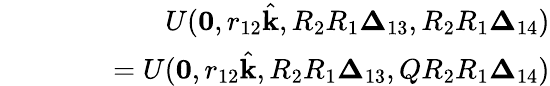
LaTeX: \begin{array}{rlr}&{}&{U(\mathbf{0},r_{12}\hat{\textbf{k}},R_{2}R_{1}\boldsymbol{\Delta}_{13},R_{2}R_{1}\boldsymbol{\Delta}_{14})}\\ &{}&{\qquad=U(\mathbf{0},r_{12}\hat{\textbf{k}},R_{2}R_{1}\boldsymbol{\Delta}_{13},QR_{2}R_{1}\boldsymbol{\Delta}_{14})}\end{array}